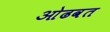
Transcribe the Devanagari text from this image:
ओढवत